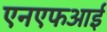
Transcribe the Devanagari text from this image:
एनएफआई